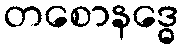
တစောနဒ္ဓေ